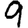
Digit: 9